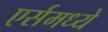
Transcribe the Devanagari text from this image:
एर्समध्ये